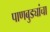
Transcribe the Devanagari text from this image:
पाणबुड्यांचा